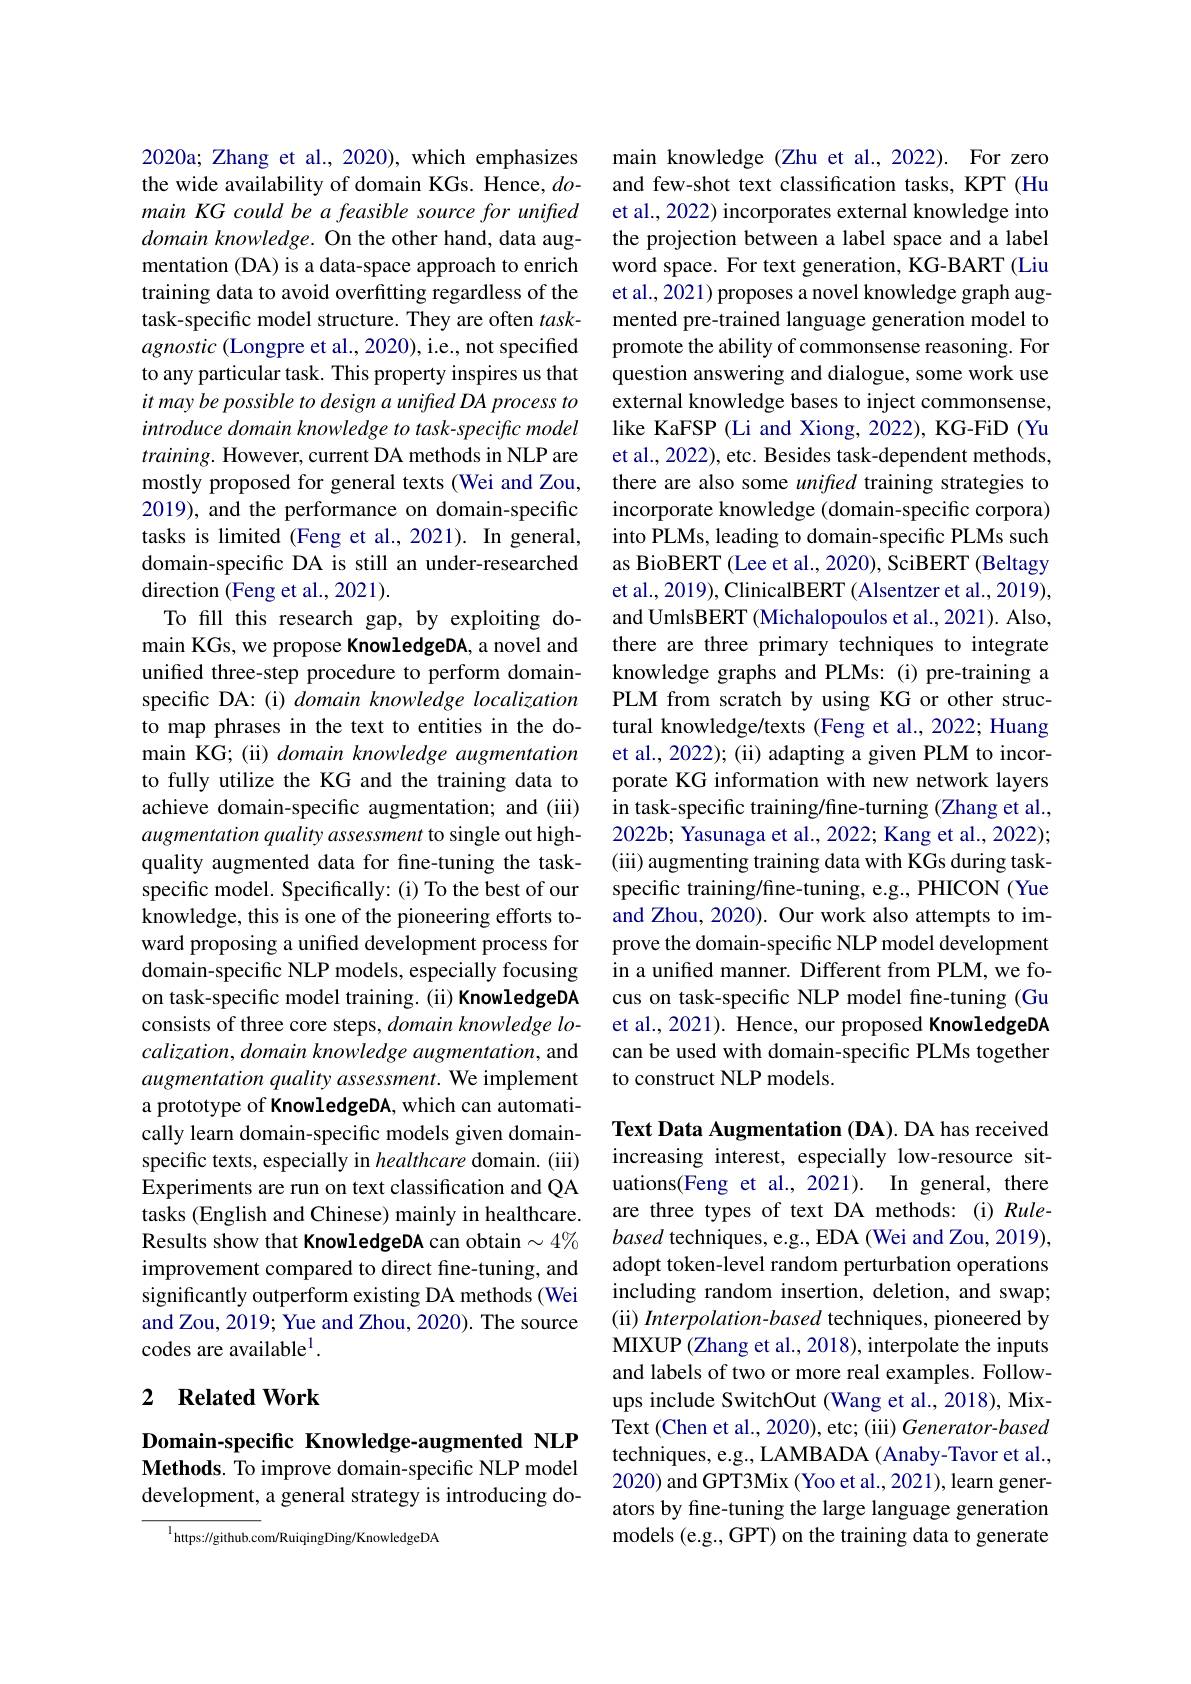
2020a; Zhang et al., 2020), which emphasizes the wide availability of domain KGs. Hence, $do$- main KG could be a feasible source for unifted domain knowledge. On the other hand, data augmentation (DA) is a data-space approach to enrich training data to avoid overfitting regardless of the task-specific model structure. They are often $task-$ agnostic (Longpre et al., 2020), i.e., not specified to any particular task. This property inspires us that it may be possible to design a unified DA process to introduce domain knowledge to task-specific model $training.$ However, current DA methods in NLP are mostly proposed for general texts (Wei and Zou, 2019), and the performance on domain-specific tasks is limited (Feng et al.,2021). In general, domain-specific DA is still an under-researched direction (Feng et al., 2021).
To fill this research gap, by exploiting domain KGs, we propose KnowledgeDA, a novel and unified three-step procedure to perform domainspecific DA: (i) domain knowledge localization to map phrases in the text to entities in the domain KG; (ii) domain knowledge augmentation to fully utilize the KG and the training data to achieve domain-specific augmentation; and (iii) augmentation quality assessment to single out highquality augmented data for fine-tuning the taskspecific model. Specifically: (i) To the best of our knowledge, this is one of the pioneering efforts toward proposing a unified development process for domain-specific NLP models, especially focusing on task-specific model training. (ii) KnowledgeDA consists of three core steps, domain knowledge lo- $calization, domain\textit{ knowledge augmentation, and}$ augmentation quality assessment. We implement a prototype of KnowledgeDA, which can automatically learn domain-specific models given domainspecific texts, especially in healthcare domain. (iii) Experiments are run on text classification and QA tasks (English and Chinese) mainly in healthcare. Results show that KnowledgeDA can obtain $\sim4\%$ improvement compared to direct fine-tuning, and significantly outperform existing DA methods (Wei and Zou, 2019; Yue and Zhou, 2020). The source codes are available$^1.$

## 2 $\textbf{Related Work}$

Domain-specific Knowledge-augmented NLP Methods. To improve domain-specific NLP model development, a general strategy is introducing do-

$^{1}$https://github.com/RuiqingDing/KnowledgeDA

main knowledge (Zhu et al.,2022). For zero and few-shot text classification tasks, KPT (Hu et al., 2022) incorporates external knowledge into the projection between a label space and a label word space. For text generation, KG-BART (Liu et al., 2021) proposes a novel knowledge graph augmented pre-trained language generation model to promote the ability of commonsense reasoning. For question answering and dialogue, some work use external knowledge bases to inject commonsense, like KaFSP (Li and Xiong, 2022), KG-FiD (Yu et al., 2022), etc. Besides task-dependent methods, there are also some unified training strategies to incorporate knowledge (domain-specific corpora) into PLMs, leading to domain-specific PLMs such as BioBERT (Lee et al., 2020), SciBERT (Beltagy et al., 2019), ClinicalBERT ( Alsentzer et al., 2019), and UmlsBERT (Michalopoulos et al., 2021). Also, there are three primary techniques to integrate knowledge graphs and PLMs: (i) pre-training a PLM from scratch by using KG or other structural knowledge/texts (Feng et al., 2022; Huang et al., 2022); (ii) adapting a given PLM to incorporate KG information with new network layers in task-specific training/fine-turning (Zhang et al., 2022b; Yasunaga et al., 2022; Kang et al., 2022); (iii) augmenting training data with KGs during taskspecific training/fine-tuning, e.g., PHICON (Yue and Zhou, 2020). Our work also attempts to improve the domain-specific NLP model development in a unified manner. Different from PLM, we focus on task-specific NLP model fine-tuning (Gu et al., 2021). Hence, our proposed KnowledgeDA can be used with domain-specific PLMs together to construct NLP models.

Text Data Augmentation (DA). DA has received increasing interest, especially low-resource situations(Feng et al., 2021). In general, there are three types of text DA methods: (i) Rulebased techniques, e.g., EDA (Wei and Zou, 2019), adopt token-level random perturbation operations including random insertion, deletion, and swap; (ii) Interpolation-based techniques, pioneered by MIXUP (Zhang et al., 2018), interpolate the inputs and labels of two or more real examples. Followups include SwitchOut (Wang et al., 2018), MixText (Chen et al., 2020), etc; (iii) Generator-based techniques, e.g., LAMBADA ( Anaby-Tavor et al., 2020) and GPT3Mix (Yoo et al., 2021), learn generators by fine-tuning the large language generation models (e.g., GPT) on the training data to generate